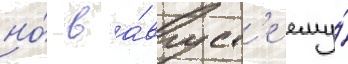
но́ в а́вгуст'е ему́